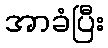
အာခံပြီး